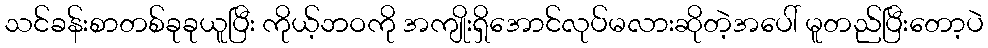
သင်ခန်းစာတစ်ခုခုယူပြီး ကိုယ့်ဘဝကို အကျိုးရှိအောင်လုပ်မလားဆိုတဲ့အပေါ် မူတည်ပြီးတော့ပဲ